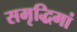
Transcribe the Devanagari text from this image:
समृद्धिमां